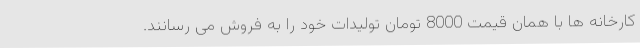
کارخانه ها با همان قیمت 8000 تومان تولیدات خود را به فروش می رسانند.